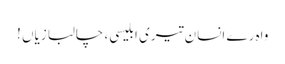
واہ رے انسان تیری ابلیسی ، چالبازیاں !